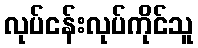
လုပ်ငန်းလုပ်ကိုင်သူ